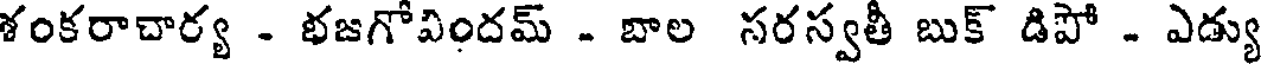
శంకరాచార్య - భజగోవిందమ్ - బాల సరస్వతీ బుక్ డిపో - ఎడ్యు